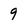
Character: 9